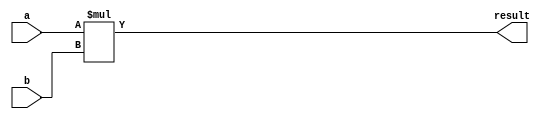
module signed_multiplier (
    input wire signed [15:0] a,
    input wire signed [15:0] b,
    output wire signed [31:0] result
);

wire signed [31:0] product;

assign product = a * b;

assign result = product;

endmodule